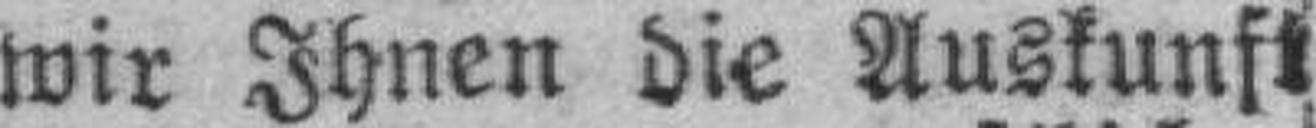
wir Ihnen die Auskunft